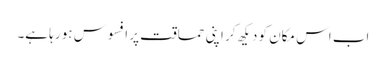
اب اس مکان کو دیکھ کر اپنی حماقت پر افسوس ہو رہا ہے۔